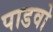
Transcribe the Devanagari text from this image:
पाडवो